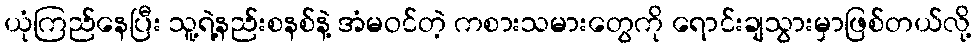
ယုံကြည်နေပြီး သူ့ရဲ့နည်းစနစ်နဲ့ အံမဝင်တဲ့ ကစားသမားတွေကို ရောင်းချသွားမှာဖြစ်တယ်လို့